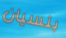
بنسيان